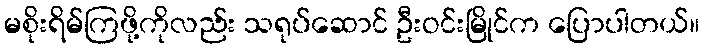
မစိုးရိမ်ကြဖို့ကိုလည်း သရုပ်ဆောင် ဦးဝင်းမြိုင်က ပြောပါတယ်။